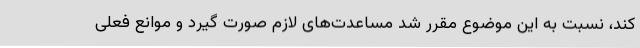
کند، نسبت به این موضوع مقرر شد مساعدت‌های لازم صورت گیرد و موانع فعلی